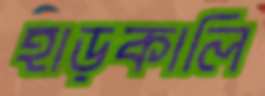
হাড়কালি